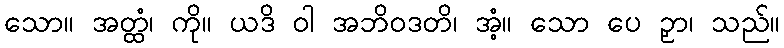
သော။ အတ္ထံ၊ ကို။ ယဒိ ဝါ အဘိဝဒတိ၊ အံ့။ သော ပေ ဉှာ၊ သည်။